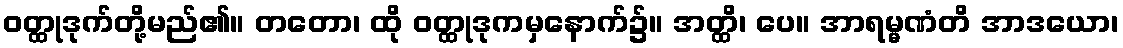
ဝတ္ထုဒုက်တို့မည်၏။ တတော၊ ထို ဝတ္ထုဒုကမှနောက်၌။ အတ္ထိ၊ ပေ။ အာရမ္မဏံတိ အာဒယော၊